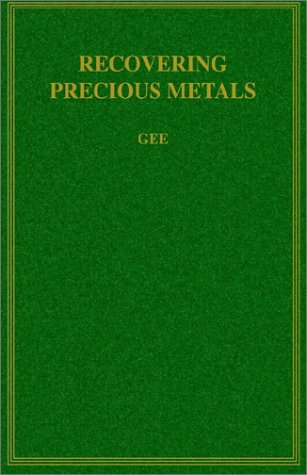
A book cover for Recovering Precious Metals; George E. Gee; Science & Math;